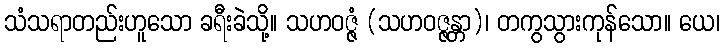
သံသရာတည်းဟူသော ခရီးခဲသို့။ သဟဝဇ္ဇံ (သဟဝဇ္ဇန္တာ)၊ တကွသွားကုန်သော။ ယေ၊